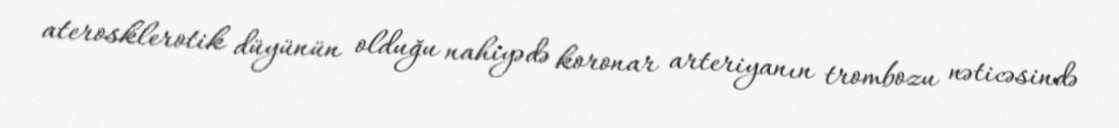
aterosklerotik düyünün olduğu nahiyədə koronar arteriyanın trombozu nəticəsində